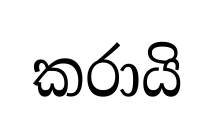
කරායි